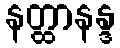
နတ္ထာနန္ဒ